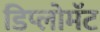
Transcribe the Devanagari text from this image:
डिप्लोमॅट